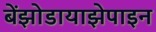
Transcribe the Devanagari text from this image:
बेंझोडायाझेपाइन